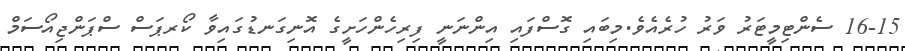
16-15 ސެންޓިމީޓަރު ވަރު ހުރެއެވެ.މިބައި ގޮސްފައި އިންނަނީ ފިރިހެންހަށީގެ އޮނިގަނޑުގައިވާ ކޯރޕަސް ސްޕަންޖިއޯސަމް